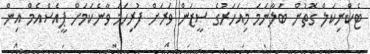
ޓެކްނިކަލް ގޮތުން ބަލާނަމަ މިއަހަރުގެ ސީޒަން ވަރަށް ފުރިހަމަ ވާނެކަމަށް ޕީއެސްއެމް އިން